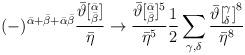
LaTeX: \begin{align*}(-)^{{\bar\alpha}+{\bar\beta}+\bar\alpha\bar\beta}\frac{{\bar\vartheta}[^{\bar\alpha}_{\bar\beta}]}{{\bar\eta}}\rightarrow\frac{{\bar\vartheta}[^{\bar\alpha}_{\bar\beta}]^{5}}{{\bar\eta}^5}{1\over2}\sum_{\gamma,\delta}\frac{{\bar\vartheta[^{\gamma}_{\delta}]}^{8}}{{\bar\eta}^8}\end{align*}